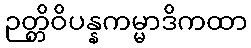
ဉတ္တိဝိပန္နကမ္မာဒိကထာ